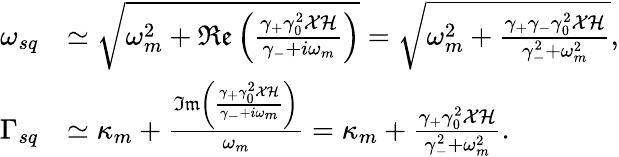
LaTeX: \begin{array}{rl}{\omega_{sq}}&{\simeq\sqrt{\omega_{m}^{2}+\mathfrak{Re}\left(\frac{\gamma_{+}\gamma_{0}^{2}\mathcal{X}\mathcal{H}}{\gamma_{-}+i\omega_{m}}\right)}=\sqrt{\omega_{m}^{2}+\frac{\gamma_{+}\gamma_{-}\gamma_{0}^{2}\mathcal{X}\mathcal{H}}{\gamma_{-}^{2}+\omega_{m}^{2}}},}\\ {\Gamma_{sq}}&{\simeq\kappa_{m}+\frac{\mathfrak{Im}\left(\frac{\gamma_{+}\gamma_{0}^{2}\mathcal{X}\mathcal{H}}{\gamma_{-}+i\omega_{m}}\right)}{\omega_{m}}=\kappa_{m}+\frac{\gamma_{+}\gamma_{0}^{2}\mathcal{X}\mathcal{H}}{\gamma_{-}^{2}+\omega_{m}^{2}}.}\end{array}